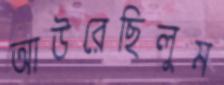
আউরেছিলুম